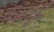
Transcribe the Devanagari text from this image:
कस्कुट